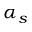
\alpha _ { s }